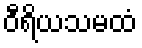
ဝီရိယသမထံ